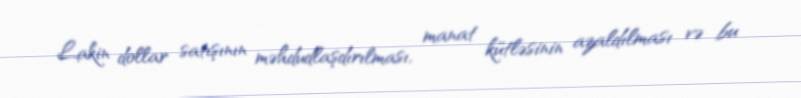
Lakin dollar satışının məhdudlaşdırılması, manat kütləsinin azaldılması və bu